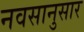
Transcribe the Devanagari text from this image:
नवसानुसार